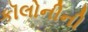
કૉલોનીની